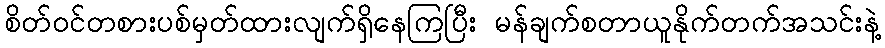
စိတ်ဝင်တစားပစ်မှတ်ထားလျက်ရှိနေကြပြီး မန်ချက်စတာယူနိုက်တက်အသင်းနဲ့